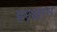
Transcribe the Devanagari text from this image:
हरज्ञान